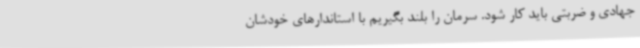
جهادی و ضربتی باید کار شود. سرمان را بلند بگیریم با استاندارهای خودشان